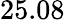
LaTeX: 25.08